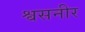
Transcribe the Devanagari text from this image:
श्वसनीर